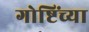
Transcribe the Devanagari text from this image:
गोष्टिंच्या